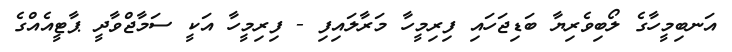
އަނބިމީހާގެ ލޯބިވެރިޔާ ބަޑިޖަހައި ފިރިމީހާ މަރާލައިފި - ފިރިމީހާ އަކީ ސަމާޖްވާދީ ޕާޓީއެއްގެ